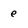
Character: e